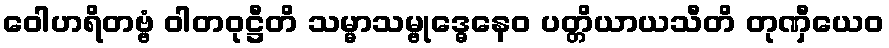
ဝေါဟရိတဗ္ဗံ ဝါတဝုဋ္ဌီတိ သမ္မာသမ္ဗုဒ္ဓေနေဝ ပတ္တိယာယသီတိ တုဏှီယေဝ